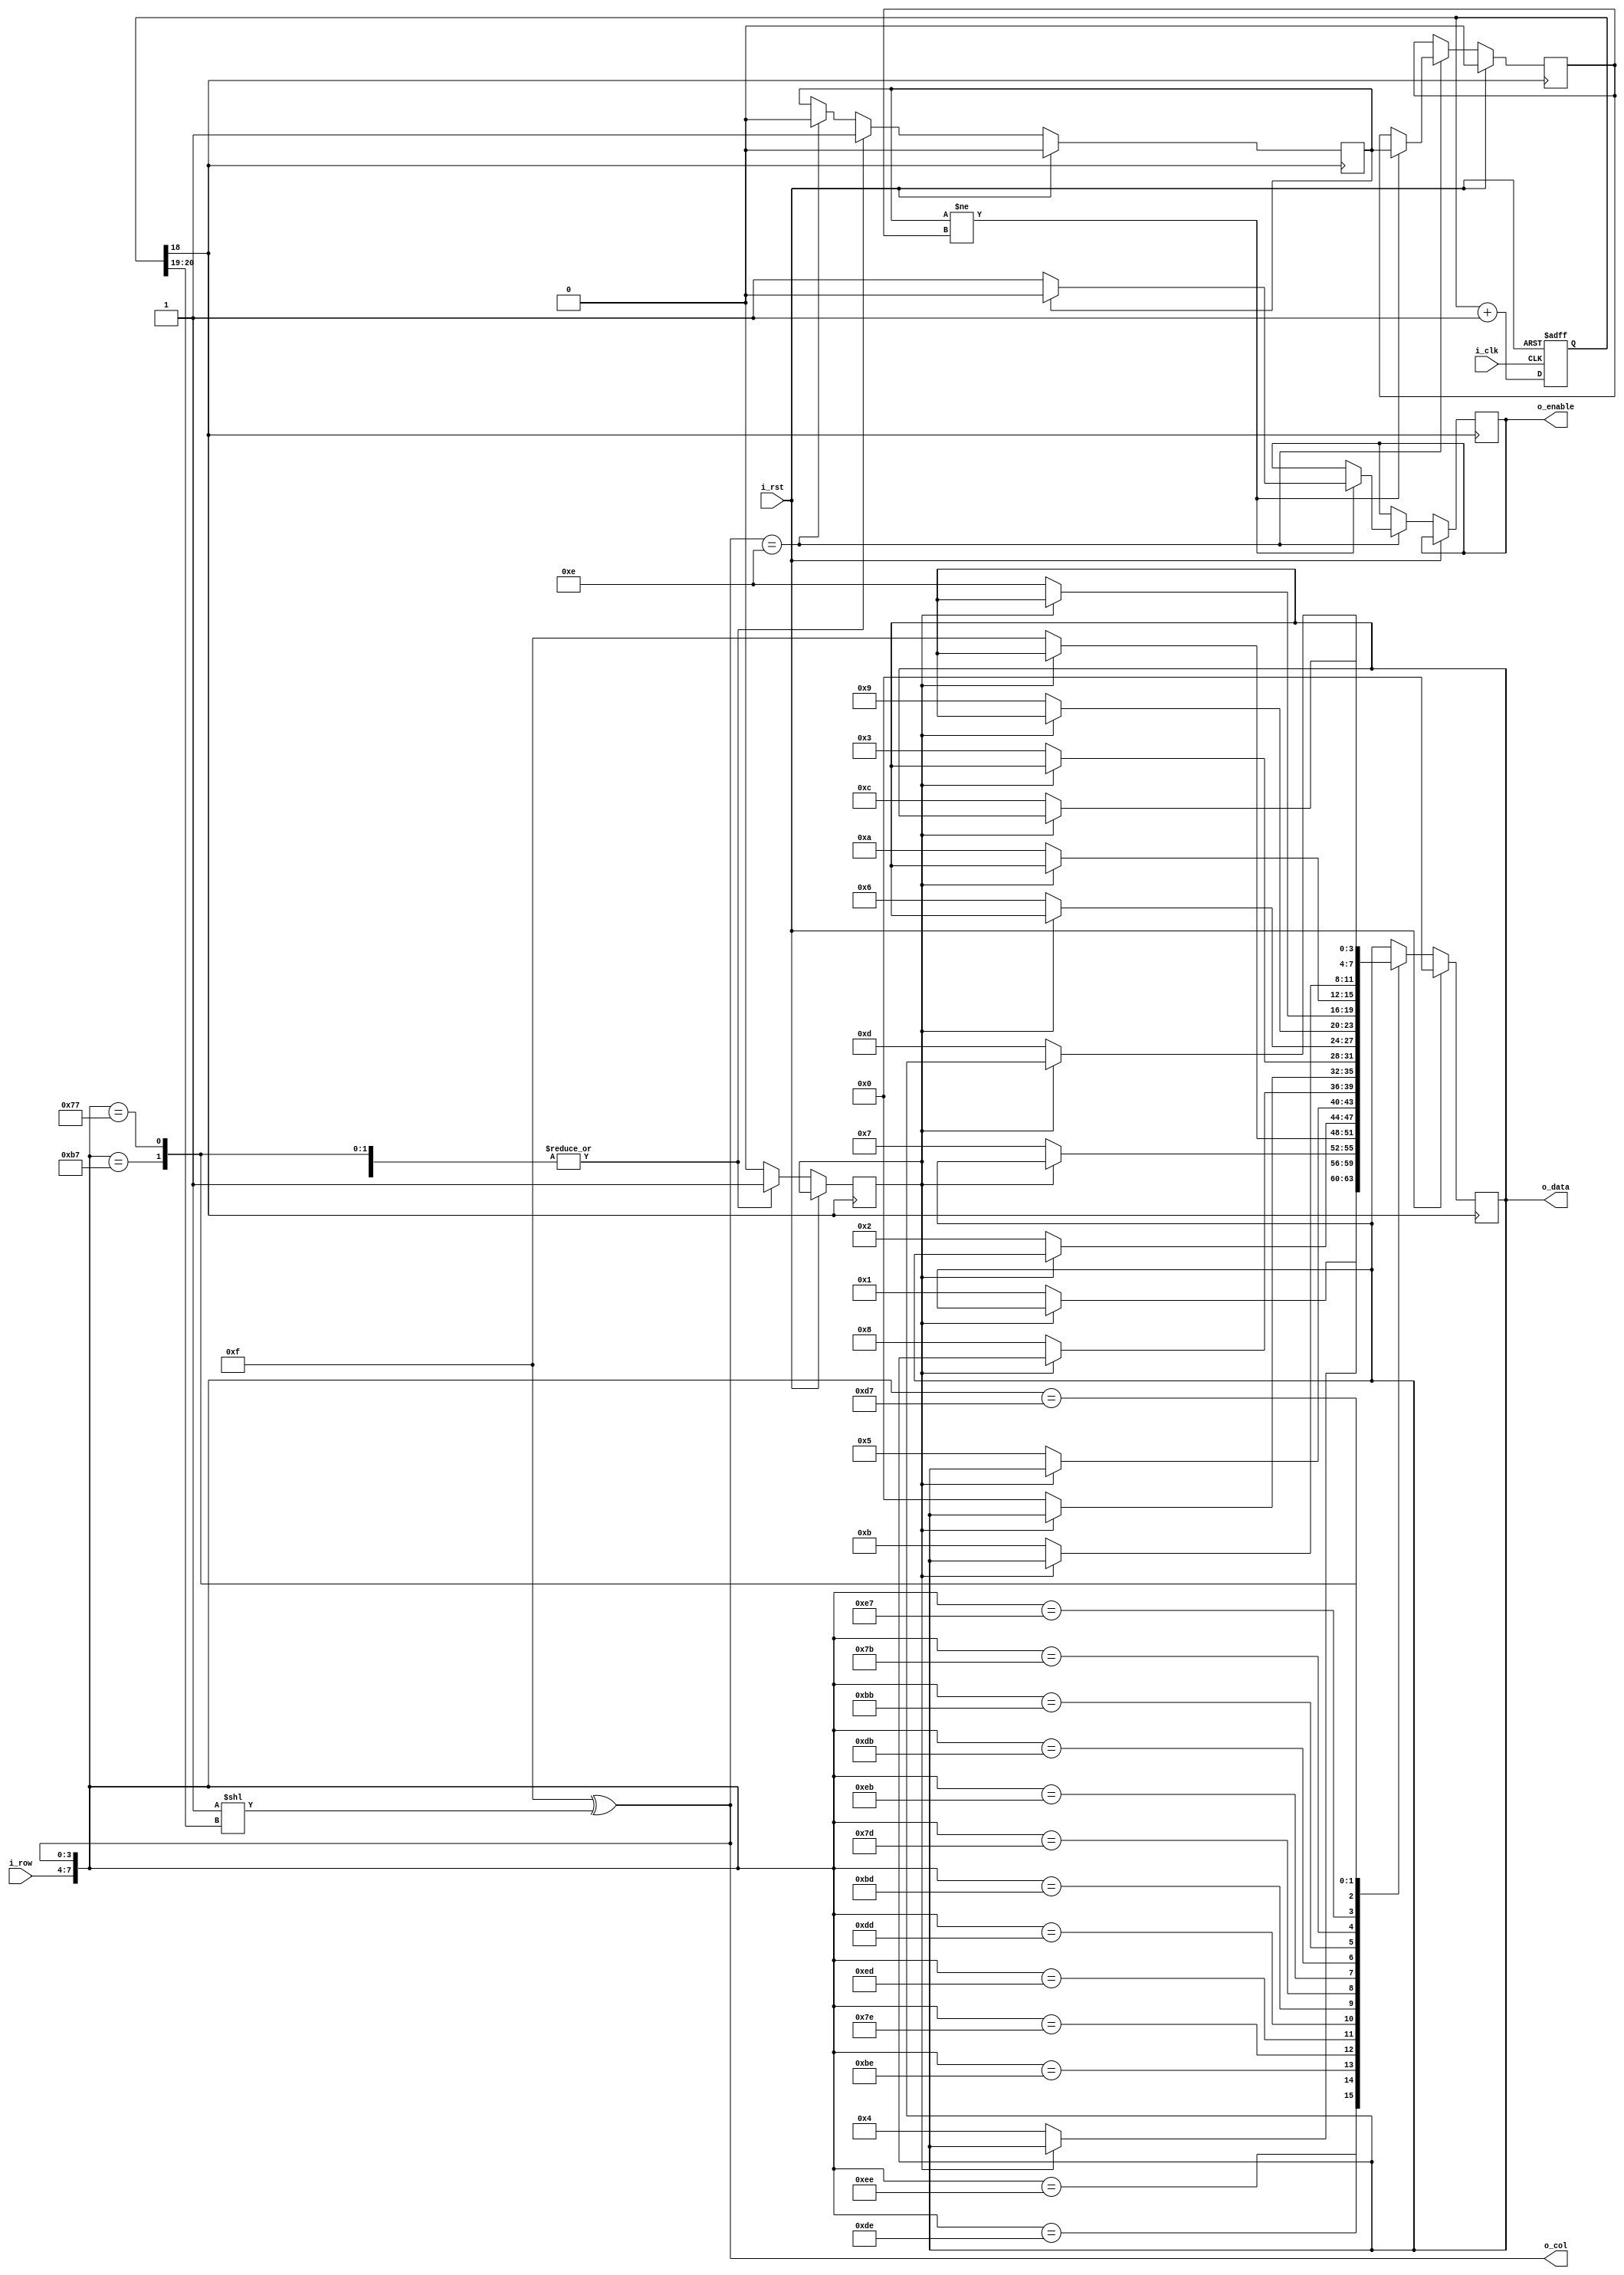
module Keyboard(
    input i_clk,
    input i_rst,
    input  [3:0]    i_row,
    output [3:0]    o_col,
    output reg [3:0] o_data,
    output reg o_enable
);

/****************************************************************
 port           I/O     Src/Dst     Description
 i_clk           I      H'ware      FPGA clock signal
 i_rst           I      H'ware      Reset signal
 i_row           I      H'ware      Row signal of keyboard
 o_col           O      H'ware      Col signal of keyboard
 o_data          O       Top        Input data from keyboard
 o_enable        O       Top        Input done
****************************************************************/

reg [20:0] clkcnt = 0;

always @(posedge i_clk, posedge i_rst)
begin
    if(i_rst) begin
        clkcnt = 0;
    end else begin
        clkcnt = clkcnt +1'b1;
    end
end

wire [1:0] keyclk = clkcnt[20:19];
assign o_col = 4'b1111 ^ (1<<keyclk);
reg lock = 0;

reg las_inp;
reg inp;

always @(posedge clkcnt[18])
begin
    if(i_rst) begin
        o_data = 0;
		inp = 0;
		las_inp = 0;
    end else begin
        if(o_col == 4'b1110) begin
			if(inp != las_inp) begin
				if(inp == 1'b0) begin
					o_enable = 1;
				end else begin
					o_enable = 0;
				end
				las_inp = inp;
            end else begin
                o_enable = o_enable;
            end
			inp = 0;
		end
        case({i_row,o_col})
            8'b1110_1110: begin
                if(lock == 1'b0) begin
                    o_data = 4'h1;
                    lock = 1'b1;
                end
				inp = 1'b1;
            end
            8'b1101_1110: begin
                if(lock == 1'b0) begin
                    o_data = 4'h4;
                    lock = 1'b1;
                end
				inp = 1'b1;
            end
            8'b1011_1110: begin
                if(lock == 1'b0) begin
                    o_data = 4'h7;
                    lock = 1'b1;
                end
				inp = 1'b1;
            end
            8'b0111_1110: begin
                if(lock == 1'b0) begin
                    o_data = 4'hf;
                    lock = 1'b1;
                end
				inp = 1'b1;
            end
            8'b1110_1101: begin
                if(lock == 1'b0) begin
                    o_data = 4'h2;
                    lock = 1'b1;
                end
				inp = 1'b1;
            end
            8'b1101_1101: begin
                if(lock == 1'b0) begin
                    o_data = 4'h5;
                    lock = 1'b1;
                end
				inp = 1'b1;
            end
            8'b1011_1101: begin
                if(lock == 1'b0) begin
                    o_data = 4'h8;
                    lock = 1'b1;
                end
				inp = 1'b1;
            end
            8'b0111_1101: begin
                if(lock == 1'b0) begin
                    o_data = 4'h0;
                    lock = 1'b1;
                end
				inp = 1'b1;
            end
            8'b1110_1011: begin
                if(lock == 1'b0) begin
                    o_data = 4'h3;
                    lock = 1'b1;
                end
				inp = 1'b1;
            end
            8'b1101_1011: begin
                if(lock == 1'b0) begin
                    o_data = 4'h6;
                    lock = 1'b1;
                end
				inp = 1'b1;
            end
            8'b1011_1011: begin
                if(lock == 1'b0) begin
                    o_data = 4'h9;
                    lock = 1'b1;
                end
				inp = 1'b1;
            end
            8'b0111_1011: begin
                if(lock == 1'b0) begin
                    o_data = 4'he;
                    lock = 1'b1;
                end
				inp = 1'b1;
            end
            8'b1110_0111: begin
                if(lock == 1'b0) begin
                    o_data = 4'ha;
                    lock = 1'b1;
                end
				inp = 1'b1;
            end
            8'b1101_0111: begin
                if(lock == 1'b0) begin
                    o_data = 4'hb;
                    lock = 1'b1;
                end
				inp = 1'b1;
            end
            8'b1011_0111: begin
                if(lock == 1'b0) begin
                    o_data = 4'hc;
                    lock = 1'b1;
                end
				inp = 1'b1;
            end
            8'b0111_0111: begin
                if(lock == 1'b0) begin
                    o_data = 4'hd;
                    lock = 1'b1;
                end
				inp = 1'b1;
            end
            default: begin
                o_data = o_data;
                lock = 1'b0;
            end
        endcase
    end
end

endmodule